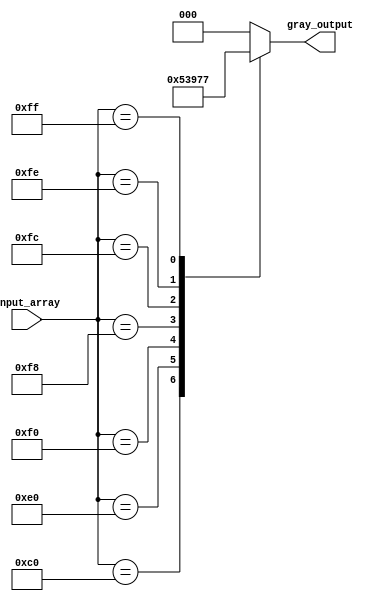
module gray_encoder(
    input [7:0] input_array,
    output reg [2:0] gray_output
);

always @(*)
begin
    case(input_array)
        8'b10000000: gray_output = 3'b000; // Highest order bit is asserted
        8'b11000000: gray_output = 3'b001;
        8'b11100000: gray_output = 3'b010;
        8'b11110000: gray_output = 3'b011;
        8'b11111000: gray_output = 3'b100;
        8'b11111100: gray_output = 3'b101;
        8'b11111110: gray_output = 3'b110;
        8'b11111111: gray_output = 3'b111; // All bits are asserted
        default: gray_output = 3'b000; // Default to lowest priority
    endcase
end

endmodule